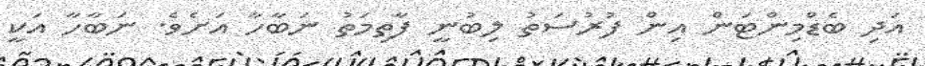
އަދި ބެޑްމިންޓަން އިން ފުރުސަތު ލިބުނީ ފާތިމަތު ނަބާހާ އަށެވެ. ނަބާހާ އަކީ